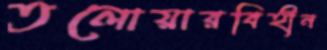
তলোয়ারবিহীন